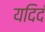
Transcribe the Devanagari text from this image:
यदिदं